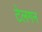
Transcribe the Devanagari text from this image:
टेलगन